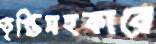
তৃপ্তিসহকারে